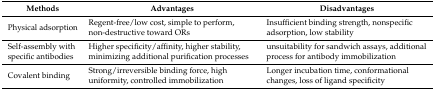
| Methods | Advantages | Disadvantages |
 | --- | --- | --- |
 | Physical adsorption | Regent-free/low cost, simple to perform, non-destructive toward ORs | Insufficient binding strength, nonspecific adsorption, low stability |
 | Self-assembly with specific antibodies | Higher specificity/affinity, higher stability, minimizing additional purification processes | unsuitability for sandwich assays, additional process for antibody immobilization |
 | Covalent binding | Strong/irreversible binding force, high uniformity, controlled immobilization | Longer incubation time, conformational changes, loss of ligand specificity |